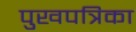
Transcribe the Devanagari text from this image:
पुखपत्रिका